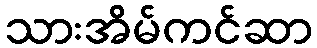
သားအိမ်ကင်ဆာ